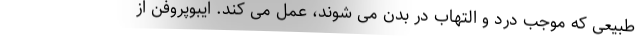
طبیعی که موجب درد و التهاب در بدن می شوند، عمل می کند. ایبوپروفن از